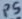
Text: P5